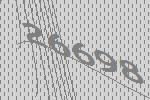
26698